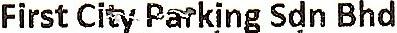
FIRST CITY PARKING SDN BHD